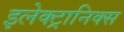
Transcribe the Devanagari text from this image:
इलेक्‍ट्रानिक्स